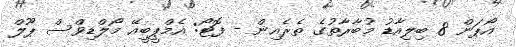
އޯޕަން 8 ބިލިއާޑު މުބާރާތުގެ ތެރެއިން - ފޮޓޯ: އެމްޕީބީއޭ މޯލްޑިވްސް ޕޫލް